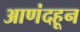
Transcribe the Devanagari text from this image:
आणंदहून